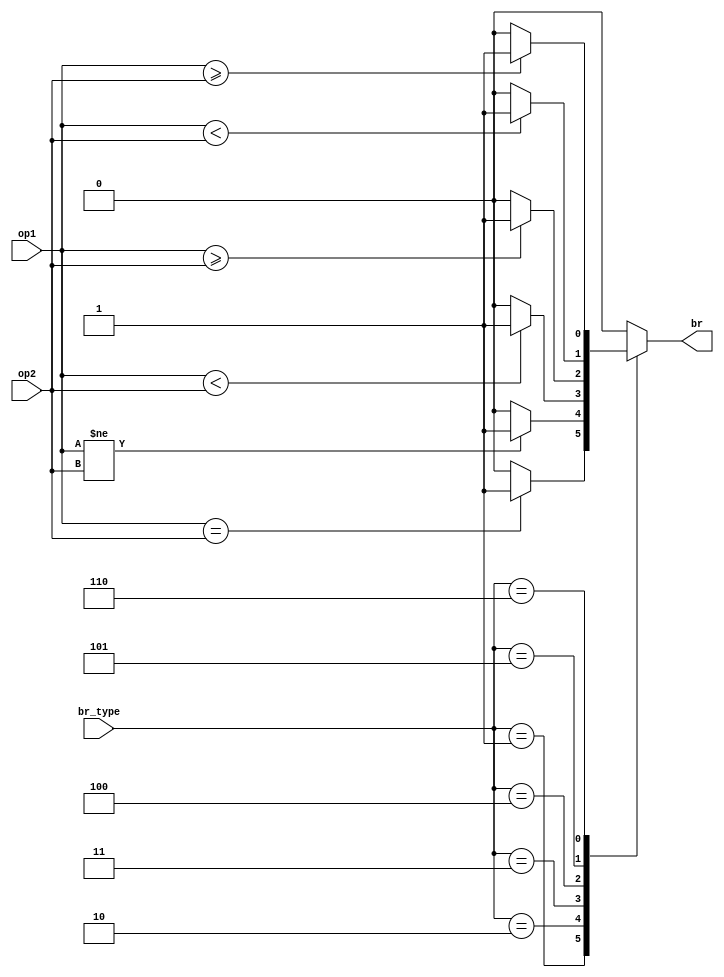
module Branch (
    input [31:0] op1,
    input [31:0] op2,
    input [2:0] br_type,
    output reg br
);
    always @(*) begin
        br=0;
        case (br_type)
            3'h1:begin
                br=(op1==op2)?1:0;  //beq
            end
            3'h2:begin
                br=(op1!=op2)?1:0;  //bne
            end
            3'h3:begin
                br=($signed(op1)<$signed(op2))?1:0; //blt
            end
            3'h4:begin
                br=($signed(op1)>=$signed(op2))?1:0;    //bge
            end
            3'h5:begin
                br=(op1<op2)?1:0;   //bltu
            end
            3'h6:begin
                br=(op1>=op2)?1:0;  //bgeu
            end
        endcase
    end
endmodule